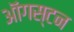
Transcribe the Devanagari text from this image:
ऑगस्टन